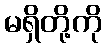
မရှိတို့ကို